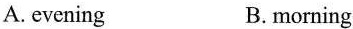
A.evening B.morning